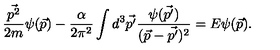
\frac { \vec { p ^ { 2 } } } { 2 m } \psi ( \vec { p } ) - \frac { \alpha } { 2 \pi ^ { 2 } } \int d ^ { 3 } \vec { p ^ { \prime } } \frac { \psi ( \vec { p ^ { \prime } } ) } { ( \vec { p } - \vec { p ^ { \prime } } ) ^ { 2 } } = E \psi ( \vec { p } ) .